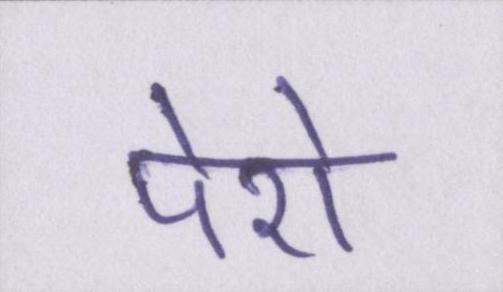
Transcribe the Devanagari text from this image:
पेशे